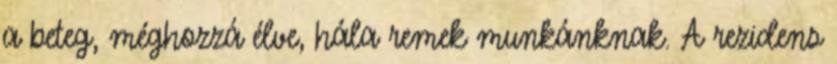
a beteg, méghozzá élve, hála remek munkánknak. A rezidens